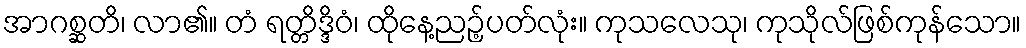
အာဂစ္ဆတိ၊ လာ၏။ တံ ရတ္တိဒ္ဒိဝံ၊ ထိုနေ့ညဉ့်ပတ်လုံး။ ကုသလေသု၊ ကုသိုလ်ဖြစ်ကုန်သော။